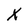
Character: X